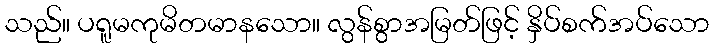
သည်။ ပရူမကုမိတမာနသော။ လွန်စွာအမြတ်ဖြင့် နှိပ်စက်အပ်သော